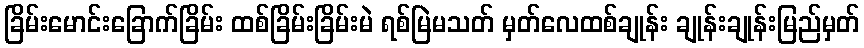
ခြိမ်းမောင်းခြောက်ခြိမ်း ထစ်ခြိမ်းခြိမ်းမဲ ရစ်မြဲမသတ် မှတ်လေထစ်ချုန်း ချုန်းချုန်းမြည်မှတ်